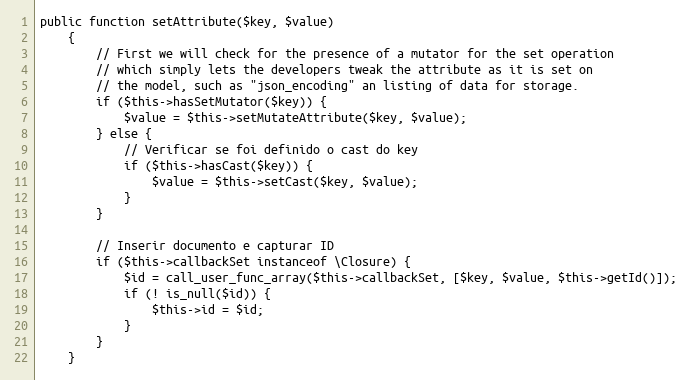
Language: PHP
public function setAttribute($key, $value)
    {
        // First we will check for the presence of a mutator for the set operation
        // which simply lets the developers tweak the attribute as it is set on
        // the model, such as "json_encoding" an listing of data for storage.
        if ($this->hasSetMutator($key)) {
            $value = $this->setMutateAttribute($key, $value);
        } else {
            // Verificar se foi definido o cast do key
            if ($this->hasCast($key)) {
                $value = $this->setCast($key, $value);
            }
        }

        // Inserir documento e capturar ID
        if ($this->callbackSet instanceof \Closure) {
            $id = call_user_func_array($this->callbackSet, [$key, $value, $this->getId()]);
            if (! is_null($id)) {
                $this->id = $id;
            }
        }
    }